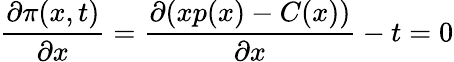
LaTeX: {\frac{\partial\pi(x,t)}{\partial x}}={\frac{\partial(xp(x)-C(x))}{\partial x}}-t=0